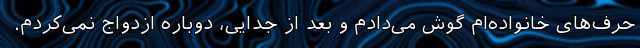
حرف‌های خانواده‌ام گوش می‌دادم و بعد از جدایی، دوباره ازدواج نمی‌کردم.